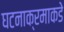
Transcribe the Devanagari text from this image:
घटनाक्रमाकडे